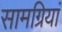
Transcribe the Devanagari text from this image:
सामग्रियां